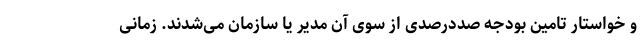
و خواستار تامین بودجه صددرصدی از سوی آن مدیر یا سازمان می‌شدند. زمانی